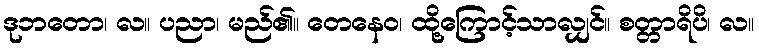
ဒုဘတော၊ လ။ ပညာ၊ မည်၏။ တေနေဝ၊ ထို့ကြောင့်သာလျှင်။ စတ္တာရိပိ၊ လ။